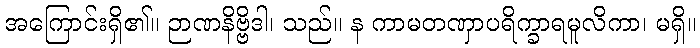
အကြောင်းရှိ၏။ ဉာဏနိဗ္ဗိဒါ၊ သည်။ န ကာမတဏှာပရိက္ခာရမူလိကာ၊ မရှိ။